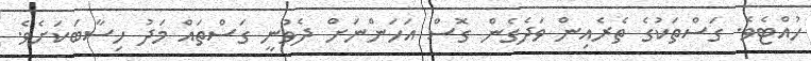
ހުއްޓެވެ. ގަސްތަކުގެ ތެރެއިން ވަދެގެން ގޮސް އަހަންނަށް ދެވުނީ ގަސްތައް މަދު ހިސާބަކަށެވެ.